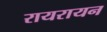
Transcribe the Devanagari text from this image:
रायरायन